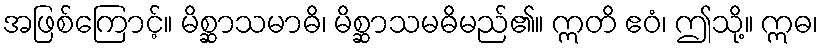
အဖြစ်ကြောင့်။ မိစ္ဆာသမာဓိ၊ မိစ္ဆာသမဓိမည်၏။ ဣတိ ဧဝံ၊ ဤသို့။ ဣဓ၊